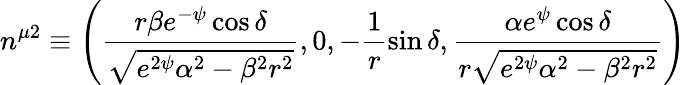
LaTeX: n^{\mu 2}\equiv\left(\frac{r\beta e^{-\psi}\cos\delta}{\sqrt{e^{2\psi}\alpha^{2}-\beta^{2}r^{2}}},0,-\frac{1}{r}\sin\delta,\frac{\alpha e^{\psi}\cos\delta}{r\sqrt{e^{2\psi}\alpha^{2}-\beta^{2}r^{2}}}\right)